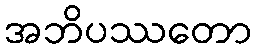
အဘိပဿတော